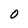
Character: 0